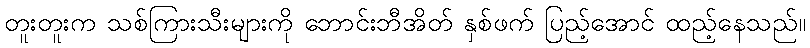
တူးတူးက သစ်ကြားသီးများကို ဘောင်းဘီအိတ် နှစ်ဖက် ပြည့်အောင် ထည့်နေသည်။